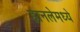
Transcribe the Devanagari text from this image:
हानलेमध्ये